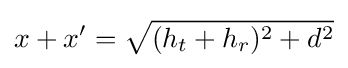
x+x'={\sqrt {(h_{t}+h_{r})^{2}+d^{2}}}